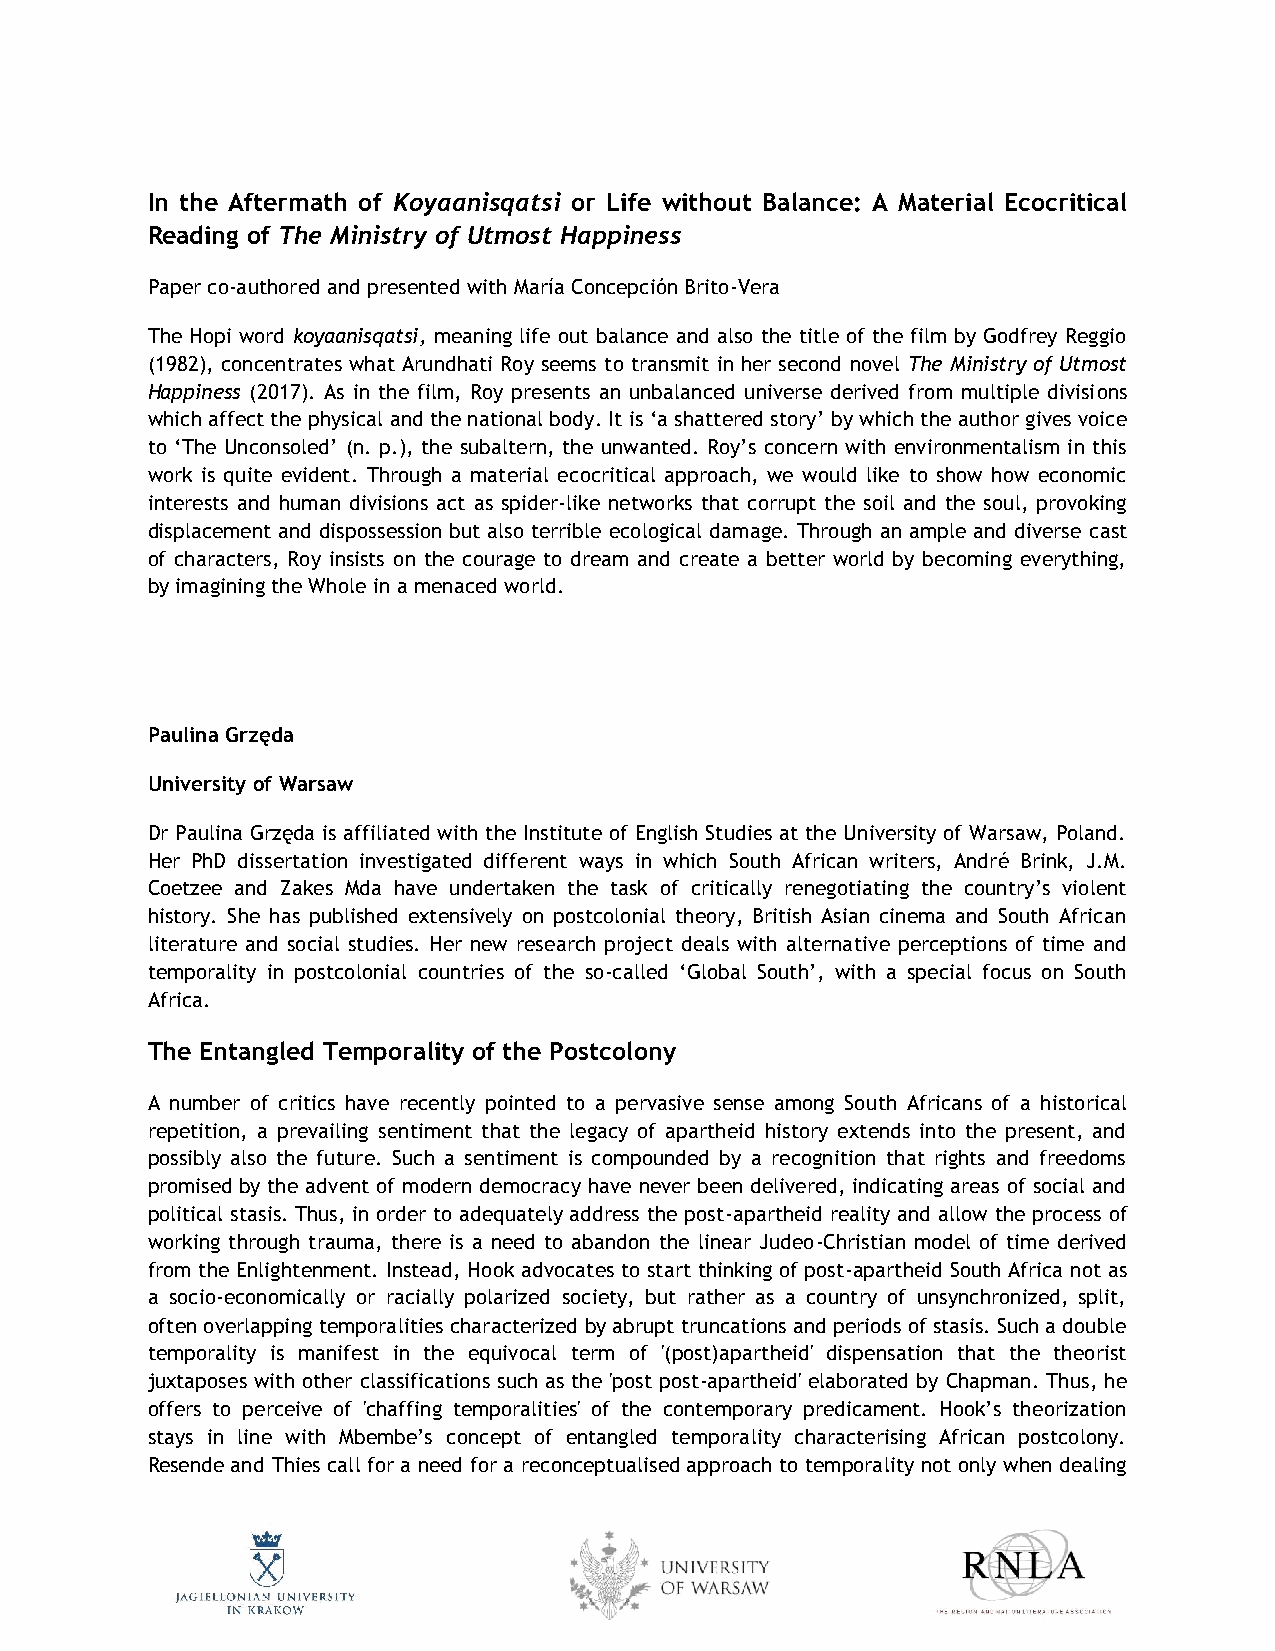
In the Aftermath of Koyaanisqatsi or Life without Balance: A Material Ecocritical
 Reading of The Ministry of Utmost Happiness
 Paper co-authored and presented with María Concepción Brito-Vera
 The Hopi word koyaanisqatsi, meaning life out balance and also the title of the film by Godfrey Reggio
 (1982), concentrates what Arundhati Roy seems to transmit in her second novel The Ministry of Utmost
 Happiness (2017). As in the film, Roy presents an unbalanced universe derived from multiple divisions
 which affect the physical and the national body. It is ‘a shattered story’ by which the author gives voice
 to ‘The Unconsoled’ (n. p.), the subaltern, the unwanted. Roy’s concern with environmentalism in this
 work is quite evident. Through a material ecocritical approach, we would like to show how economic
 interests and human divisions act as spider-like networks that corrupt the soil and the soul, provoking
 displacement and dispossession but also terrible ecological damage. Through an ample and diverse cast
 of characters, Roy insists on the courage to dream and create a better world by becoming everything,
 by imagining the Whole in a menaced world.
 Paulina Grzęda
 University of Warsaw
 Dr Paulina Grzęda is affiliated with the Institute of English Studies at the University of Warsaw, Poland.
 Her PhD dissertation investigated different ways in which South African writers, André Brink, J.M.
 Coetzee and Zakes Mda have undertaken the task of critically renegotiating the country’s violent
 history. She has published extensively on postcolonial theory, British Asian cinema and South African
 literature and social studies. Her new research project deals with alternative perceptions of time and
 temporality in postcolonial countries of the so-called ‘Global South’, with a special focus on South
 Africa.
 The Entangled Temporality of the Postcolony
 A number of critics have recently pointed to a pervasive sense among South Africans of a historical
 repetition, a prevailing sentiment that the legacy of apartheid history extends into the present, and
 possibly also the future. Such a sentiment is compounded by a recognition that rights and freedoms
 promised by the advent of modern democracy have never been delivered, indicating areas of social and
 political stasis. Thus, in order to adequately address the post-apartheid reality and allow the process of
 working through trauma, there is a need to abandon the linear Judeo-Christian model of time derived
 from the Enlightenment. Instead, Hook advocates to start thinking of post-apartheid South Africa not as
 a socio-economically or racially polarized society, but rather as a country of unsynchronized, split,
 often overlapping temporalities characterized by abrupt truncations and periods of stasis. Such a double
 temporality is manifest in the equivocal term of '(post)apartheid' dispensation that the theorist
 juxtaposes with other classifications such as the 'post post-apartheid' elaborated by Chapman. Thus, he
 offers to perceive of 'chaffing temporalities' of the contemporary predicament. Hook’s theorization
 stays in line with Mbembe’s concept of entangled temporality characterising African postcolony.
 Resende and Thies call for a need for a reconceptualised approach to temporality not only when dealing